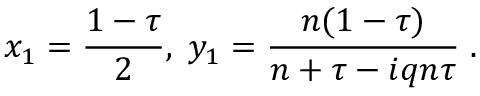
x _ { 1 } = \frac { 1 - \tau } { 2 } , \; y _ { 1 } = \frac { n ( 1 - \tau ) } { n + \tau - i q n \tau } \; .